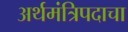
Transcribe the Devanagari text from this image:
अर्थमंत्रिपदाचा